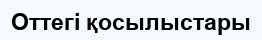
Оттегі қосылыстары